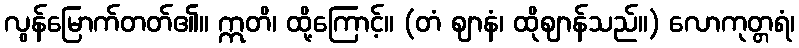
လွန်မြောက်တတ်၏။ ဣတိ၊ ထို့ကြောင့်။ (တံ ဈာနံ၊ ထိုဈာန်သည်။) လောကုတ္တရံ၊